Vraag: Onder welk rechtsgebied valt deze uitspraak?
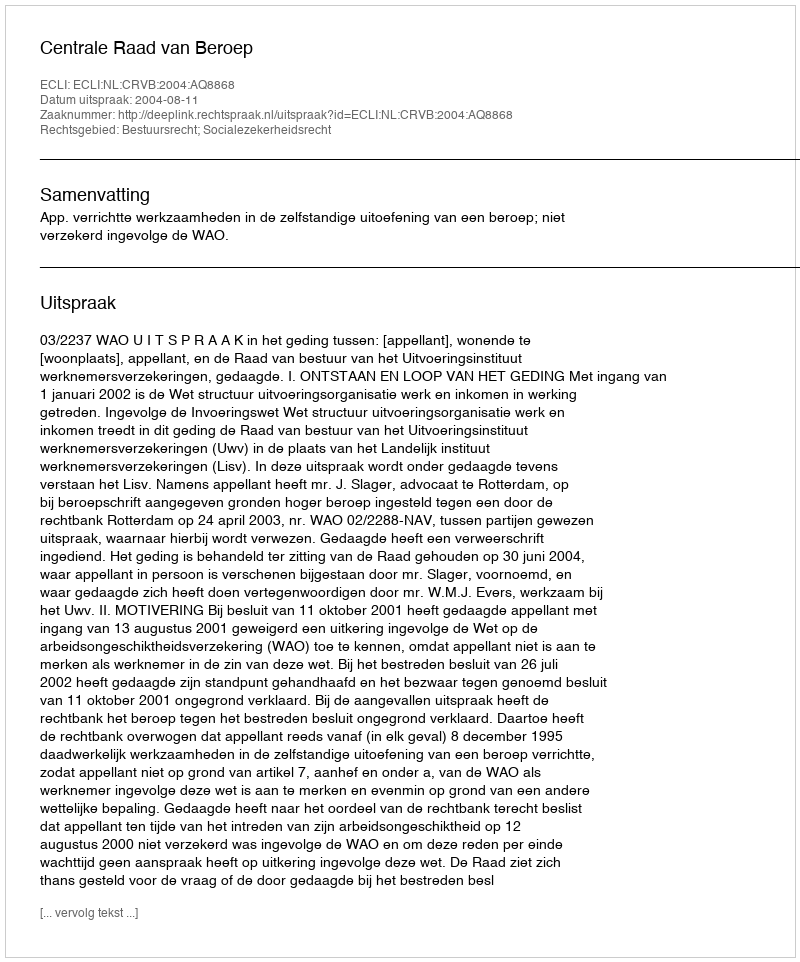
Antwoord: Bestuursrecht; Socialezekerheidsrecht